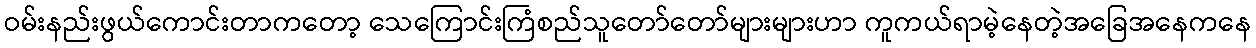
ဝမ်းနည်းဖွယ်ကောင်းတာကတော့ သေကြောင်းကြံစည်သူတော်တော်များများဟာ ကူကယ်ရာမဲ့နေတဲ့အခြေအနေကနေ